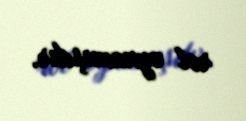
rol oynamışdır.